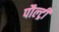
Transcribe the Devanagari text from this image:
पौल्ट्री